Civil Veterinary Dept. Bombay admin report 1914-1922 - 1914-1922
Year: 1914
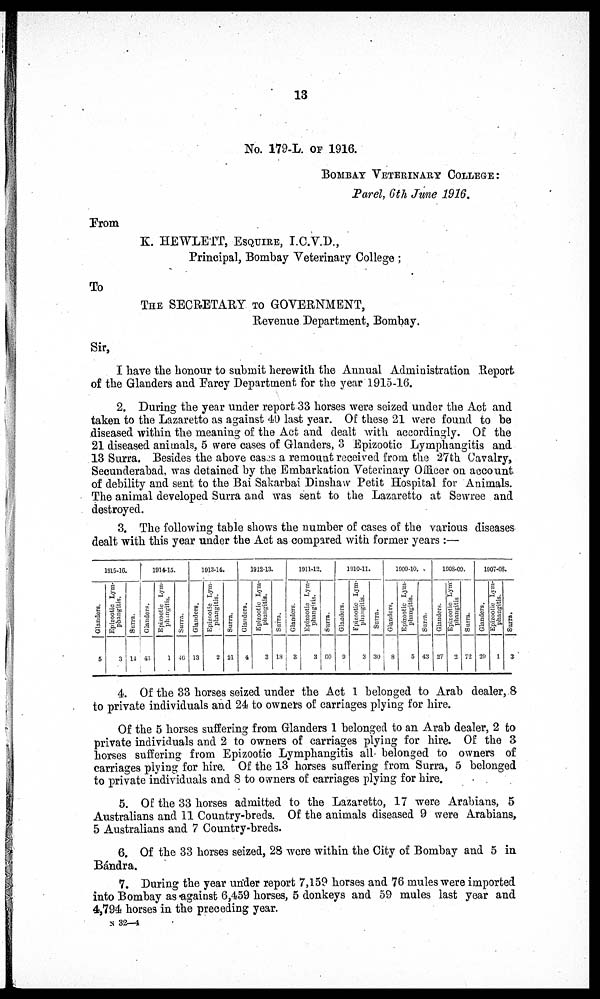
13
No. 179-L. OF 1916.
BOMBAY VETERINARY COLLEGE :
Parel, 6th June 1916.
From
K. HEWLETT, ESQUIRE, I.C.V.D.,
Principal, Bombay Veterinary College;
To
THE SECRETARY TO GOVERNMENT,
Revenue Department, Bombay.
Sir,
I have the honour to submit herewith the Annual Administration Report
of the Glanders and Farcy Department for the year 1915-16.
2. During the year under report 33 horses were seized under the Act and
taken to the Lazaretto as against 40 last year. Of these 21 were found to be
diseased within the meaning of the Act and dealt with accordingly. Of the
21 diseased animals, 5 were cases of Glanders, 3 Epizootic Lymphangitis and
13 Surra. Besides the above cases a remount received from the 27th Cavalry,
Secunderabad, was detained by the Embarkation Veterinary Officer on account
of debility and sent to the Bai Sakarbai Dinshaw Petit Hospital for Animals.
The animal developed Surra and was sent to the Lazaretto at Sewree and
destroyed.
3. The following table shows the number of cases of the various diseases
dealt with this year under the Act as compared with former years:—
1915-16.
Glanders,
5
Epizootic Lym-
phangitis.
3
Surra.
14
1914-15.
Glanders.
43
Epizootic Lym-
phangitis.
1
Surra.
46
1913-14.
Glanders.
13
Epizootic Lym-
phangitis.
2
Surra.
21
1912-13.
Glanders.
4
Epizootic Lym-
phangitis.
3
Surra.
13
1911-12.
Glanders.
3
Epizootic Lym-
phangitis.
3
Surra.
60
1910-11.
Glanders.
0
Epizootic Lym-
phangitis.
3
Surra.
30
1909-10.
Glanders.
8
Epizootic Lym-
phangitis.
5
Surra.
43
l9O8-09.
Glanders.
27
Epizootic Lym¬
phangitis
2
Surra.
72
1907-08.
Glanders.
29
Epizootic Lym-
phangitis.
1
Surra.
3
4. Of the 33 horses seized under the Act 1 belonged to Arab dealer, 8
to private individuals and 24 to owners of carriages plying for hire.
Of the 5 horses suffering from Glanders 1 belonged to an Arab dealer, 2 to
private individuals and 2 to owners of carriages plying for hire. Of the 3
horses suffering from Epizootic Lymphangitis all belonged to owners of
carriages plying for hire. Of the 13 horses suffering from Surra, 5 belonged
to private individuals and 8 to owners of carriages plying for hire.
5. Of the 33 horses admitted to the Lazaretto, 17 were Arabians, 5
Australians and 11 Country-breds. Of the animals diseased 9 were Arabians,
5 Australians and 7 Country-breds.
6. Of the 33 horses seized, 28 were within the City of Bombay and 5 in
Bándra.
7. During the year under report 7,159 horses and 76 mules were imported
into Bombay as against 6,459 horses, 5 donkeys and 59 mules last year and
4,794 horses in the preceding year.
N 32—4